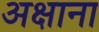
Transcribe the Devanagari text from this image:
अक्षाना